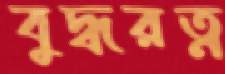
বুদ্ধরত্ন